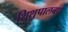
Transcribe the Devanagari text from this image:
शिशुपालबध